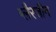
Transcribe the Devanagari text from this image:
ग्लैरजीन